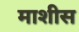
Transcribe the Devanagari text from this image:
माशीस